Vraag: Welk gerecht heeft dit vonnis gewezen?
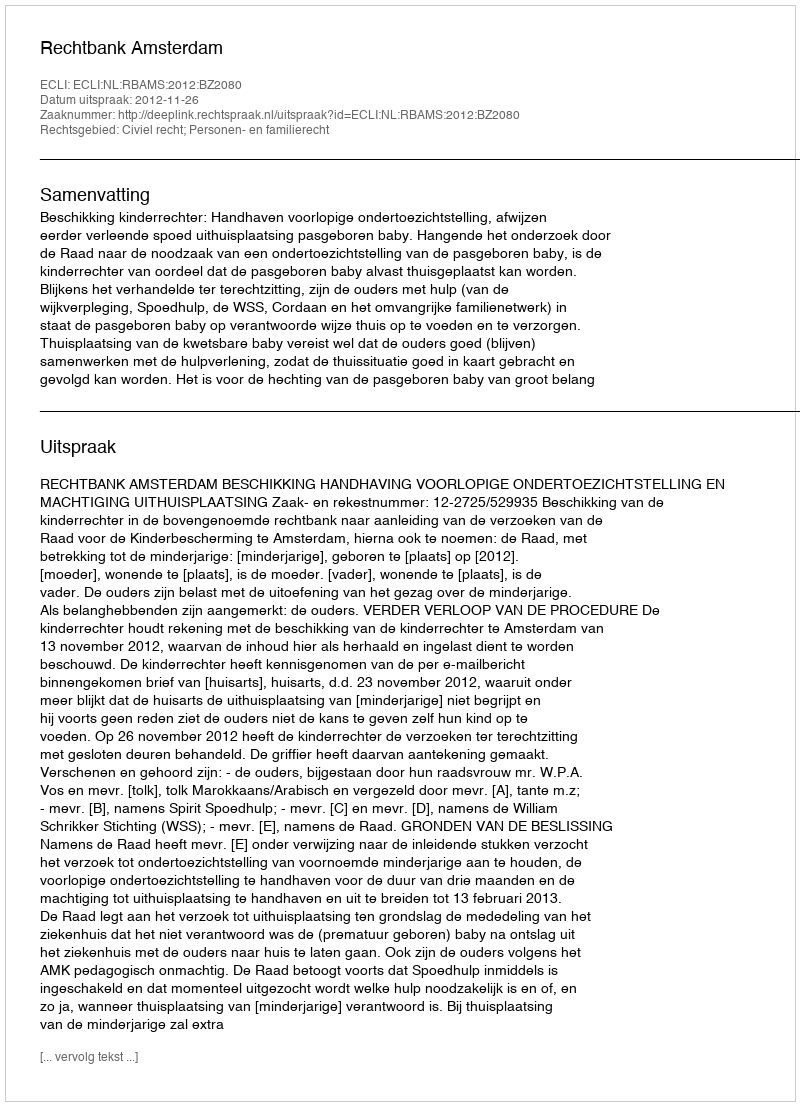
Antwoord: Rechtbank Amsterdam